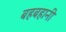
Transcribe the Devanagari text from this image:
बहबहानी